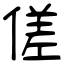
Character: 傞